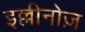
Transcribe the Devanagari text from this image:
इल्लीनोज़